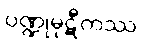
ပဏ္ဍုမုဋီကဿ